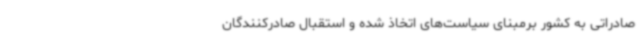
صادراتی به کشور برمبنای سیاست‌های اتخاذ شده و استقبال صادرکنندگان